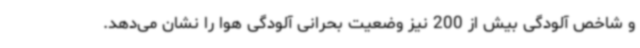
و شاخص آلودگی بیش از 200 نیز وضعیت بحرانی آلودگی هوا را نشان می‌دهد.